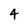
Character: 4